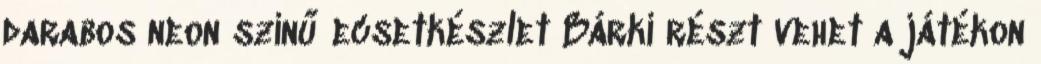
darabos neon színű ecsetkészlet Bárki részt vehet a játékon